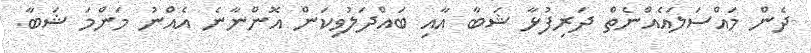
ދެން މައްސަލައެއްނެތް ދަރިފުޅާ ޝަބާ އާއި ބައްދަލުވިކަން އޮންނާނެ އެއްނު މަންމަ ޝަބާ